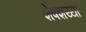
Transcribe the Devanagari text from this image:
शेषशय्या